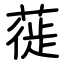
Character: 蓰